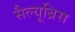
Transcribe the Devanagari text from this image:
सैल्यूब्रिस